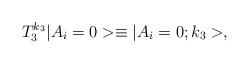
LaTeX: \begin{align*}T_3^{k_3} |A_i=0> \equiv |A_i=0; k_3>,\end{align*}